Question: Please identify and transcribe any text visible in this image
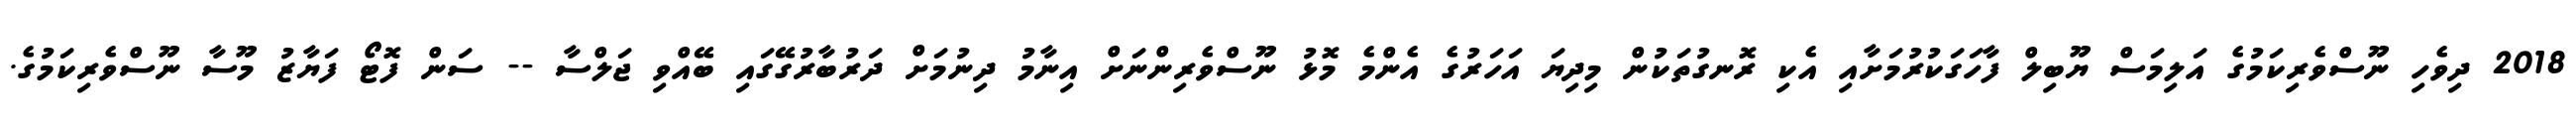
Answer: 2018 ދިވެހި ނޫސްވެރިކަމުގެ އަލިމަސް ޔޫބިލް ފާހަގަކުރުމަށާއި އެކި ރޮނގުތަކުން މިދިޔަ އަހަރުގެ އެންމެ މޮޅު ނޫސްވެރިންނަށް އިނާމު ދިނުމަށް ދަރުބާރުގޭގައި ބޭއްވި ޖަލްސާ -- ސަން ފޮޓޯ ފަޔާޒު މޫސާ ނޫސްވެރިކަމުގެ.